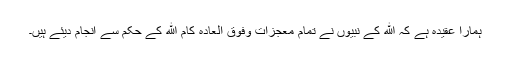
ہمارا عقیدہ ہے کہ الله کے نبیوں نے تمام معجزات وفوق العادہ کام الله کے حکم سے انجام دیئے ہیں۔